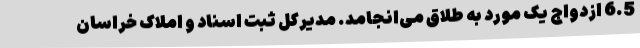
6.5 ازدواج یک مورد به طلاق می‌انجامد. مدیرکل ثبت اسناد و املاک خراسان